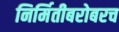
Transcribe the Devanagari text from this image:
निर्मितीबरोबरच